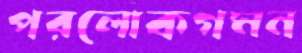
পরলোকগমন